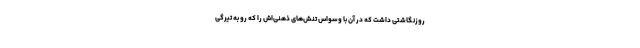
روزنگاشتی داشت که در آن با وسواس تنش‌های ذهنی‌اش را که رو به تیرگی